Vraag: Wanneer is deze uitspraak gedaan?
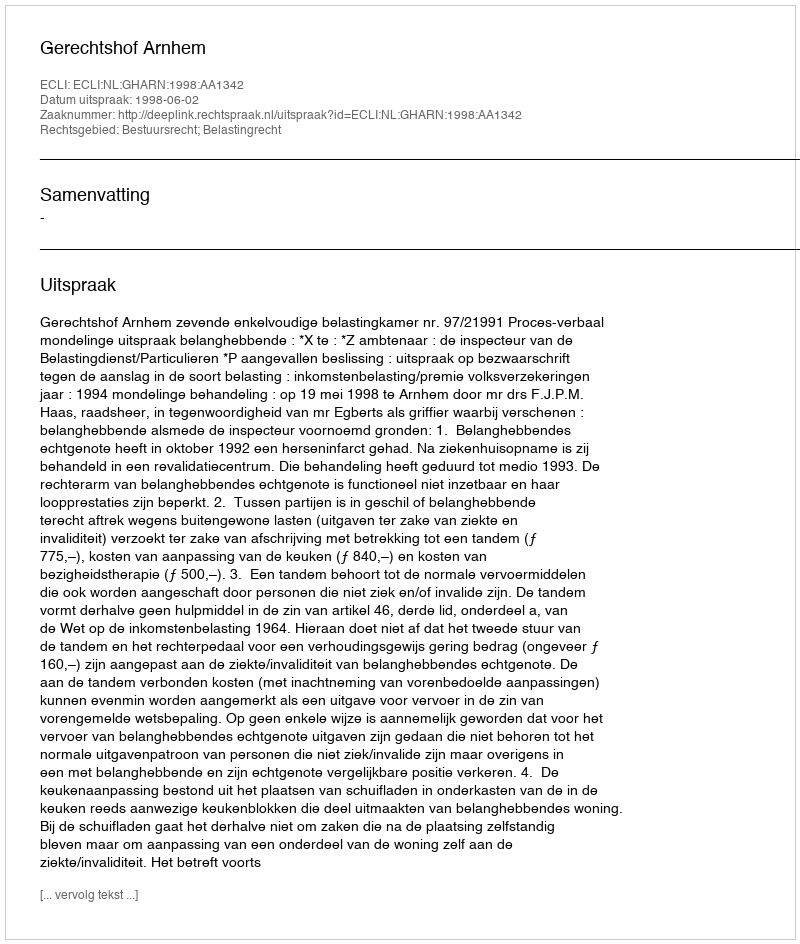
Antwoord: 1998-06-02